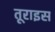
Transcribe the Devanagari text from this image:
तूराइस